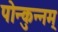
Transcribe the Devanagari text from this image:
पोन्कुन्नम्